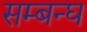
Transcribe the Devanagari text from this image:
सम्बन्घ